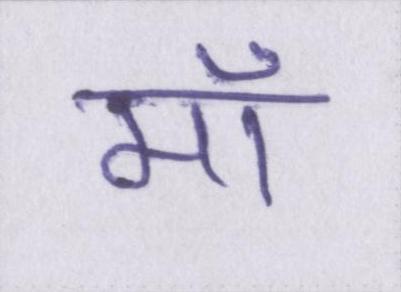
मॉ